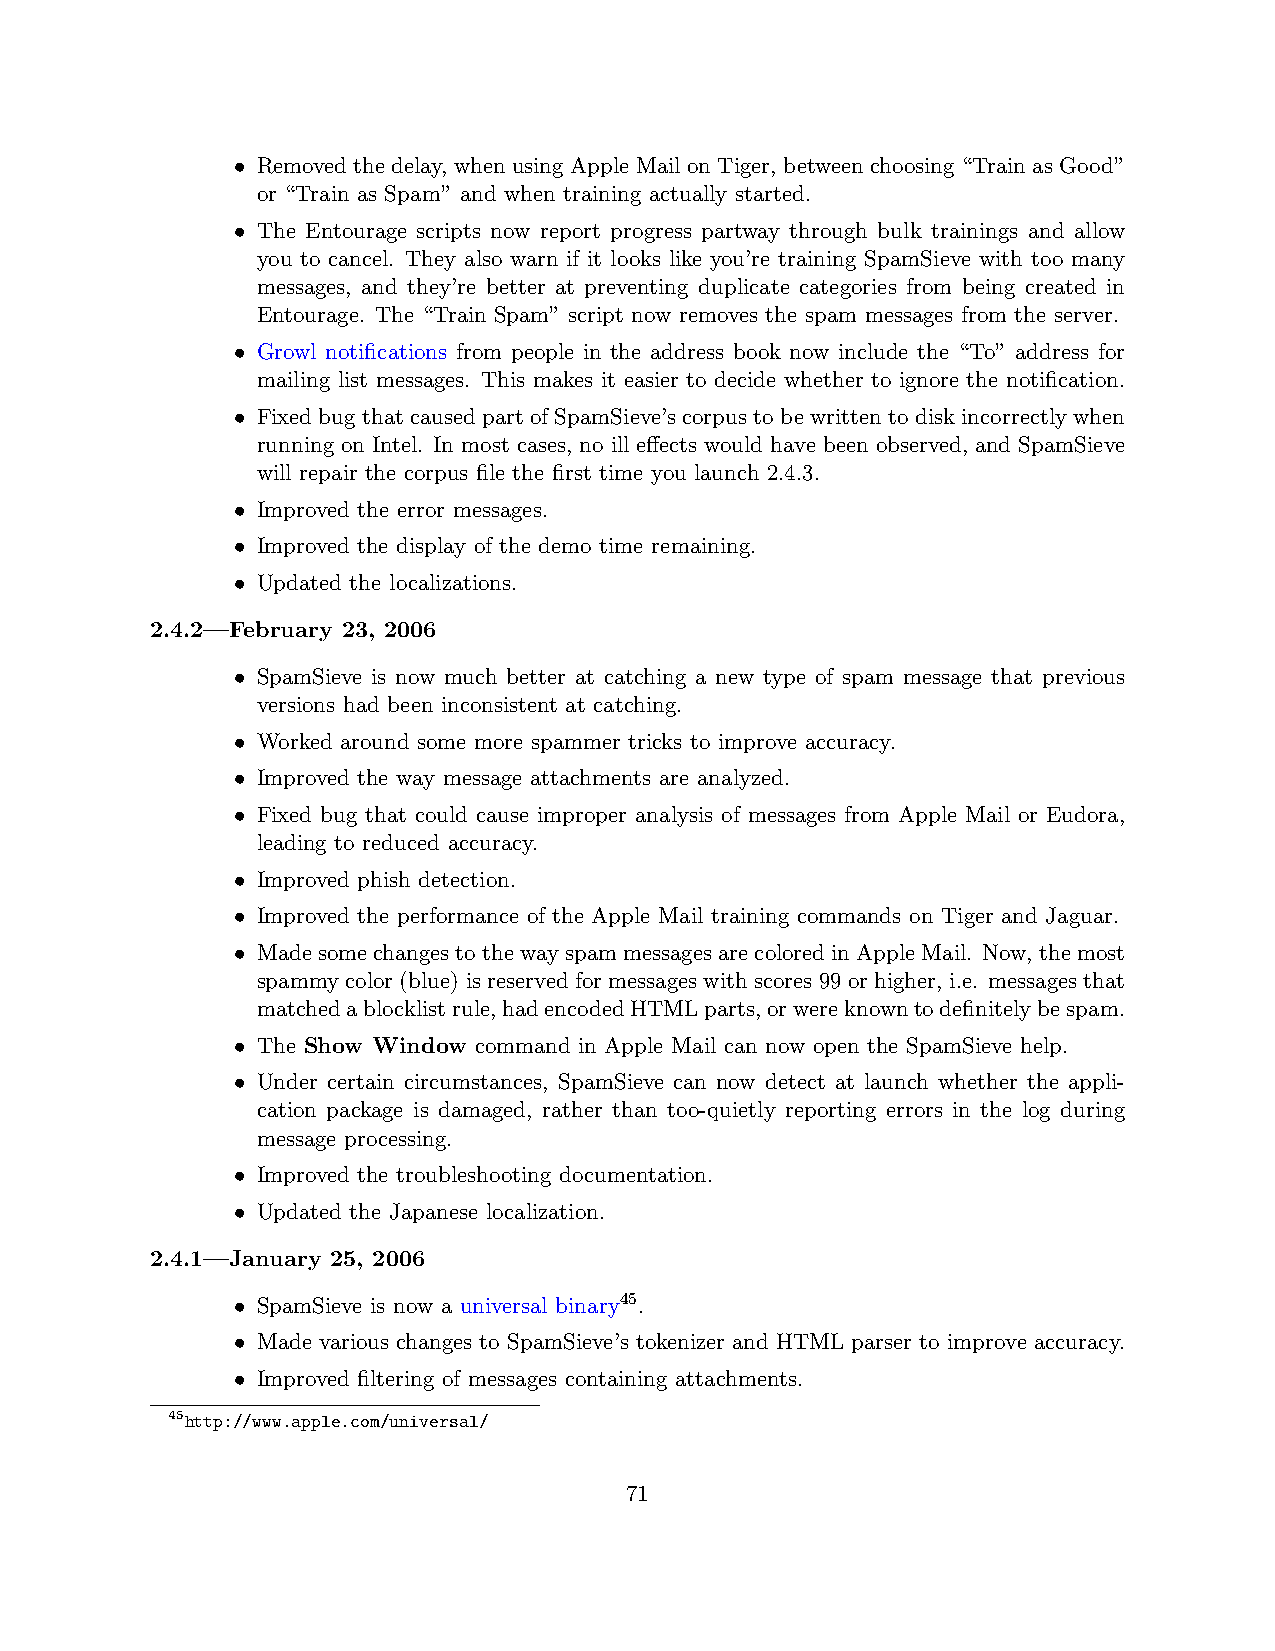
• Removed the delay, when using Apple Mail on Tiger, between choosing “Train as Good”
 or “Train as Spam” and when training actually started.
 • The Entourage scripts now report progress partway through bulk trainings and allow
 you to cancel. They also warn if it looks like you’re training SpamSieve with too many
 messages, and they’re better at preventing duplicate categories from being created in
 Entourage. The “Train Spam” script now removes the spam messages from the server.
 • Growl notifications from people in the address book now include the “To” address for
 mailing list messages. This makes it easier to decide whether to ignore the notification.
 • Fixed bug that caused part of SpamSieve’s corpus to be written to disk incorrectly when
 running on Intel. In most cases, no ill effects would have been observed, and SpamSieve
 will repair the corpus file the first time you launch 2.4.3.
 • Improved the error messages.
 • Improved the display of the demo time remaining.
 • Updated the localizations.
 2.4.2—February 23, 2006
 • SpamSieve is now much better at catching a new type of spam message that previous
 versions had been inconsistent at catching.
 • Worked around some more spammer tricks to improve accuracy.
 • Improved the way message attachments are analyzed.
 • Fixed bug that could cause improper analysis of messages from Apple Mail or Eudora,
 leading to reduced accuracy.
 • Improved phish detection.
 • Improved the performance of the Apple Mail training commands on Tiger and Jaguar.
 • MadesomechangestothewayspammessagesarecoloredinAppleMail. Now, themost
 spammy color (blue) is reserved for messages with scores 99 or higher, i.e. messages that
 matchedablocklistrule,hadencodedHTMLparts,orwereknowntodefinitelybespam.
 • The Show Window command in Apple Mail can now open the SpamSieve help.
 • Under certain circumstances, SpamSieve can now detect at launch whether the appli-
 cation package is damaged, rather than too-quietly reporting errors in the log during
 message processing.
 • Improved the troubleshooting documentation.
 • Updated the Japanese localization.
 2.4.1—January 25, 2006
 • SpamSieve is now a universal binary45.
 • Made various changes to SpamSieve’s tokenizer and HTML parser to improve accuracy.
 • Improved filtering of messages containing attachments.
 45http://www.apple.com/universal/
 71